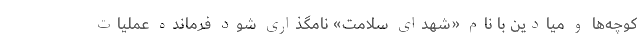
کوچه‌ها و میادین با نام «شهدای سلامت» نامگذاری شود فرمانده عملیات